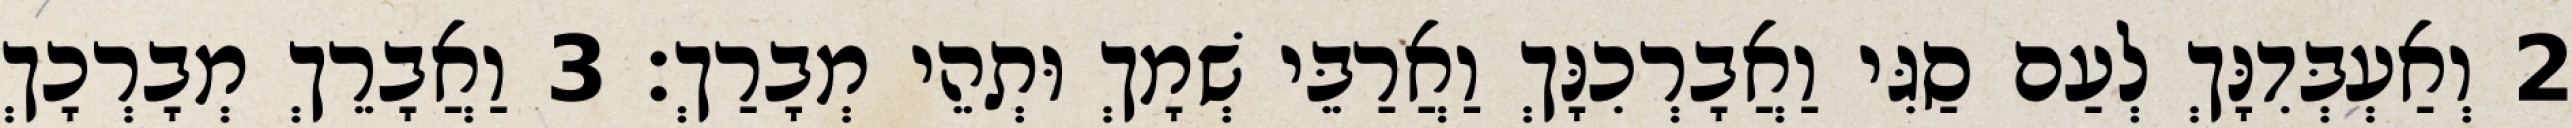
2 וְאַעְבְּדִנָּךְ לְעַם סַגִּי וַאֲבָרְכִנָּךְ וַאֲרַבֵּי שְׁמָךְ וּתְהֵי מְבָרַךְ׃ 3 וַאֲבָרֵךְ מְבָרְכָךְ